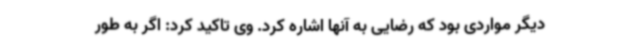
دیگر مواردی بود که رضایی به آنها اشاره کرد. وی تاکید کرد: اگر به طور